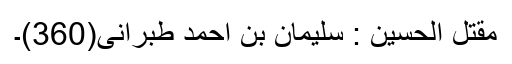
مقتل الحسین : سلیمان بن احمد طبرانی(360)۔